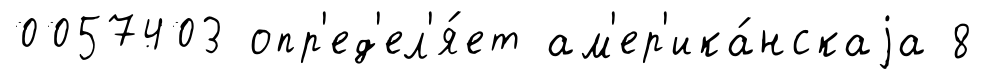
0057403 опр'ед'ел'я́ет ам'ер'ика́нскаjа 8